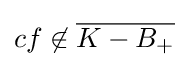
cf\not \in {\overline {K-B_{+}}}